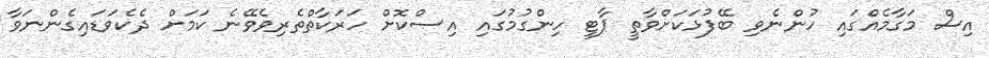
އިސް މަގާމެއްގައި ހުންނެވި ބޭފުޅަކަށްވާތީ ޕާޓީ ހިންގުމުގައި އިސްކޮށް ހަރަކާތްތެރިވެވޭނެ ކަމަށް ދެކެވަޑައިގެންނަވާ